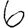
Digit: 6